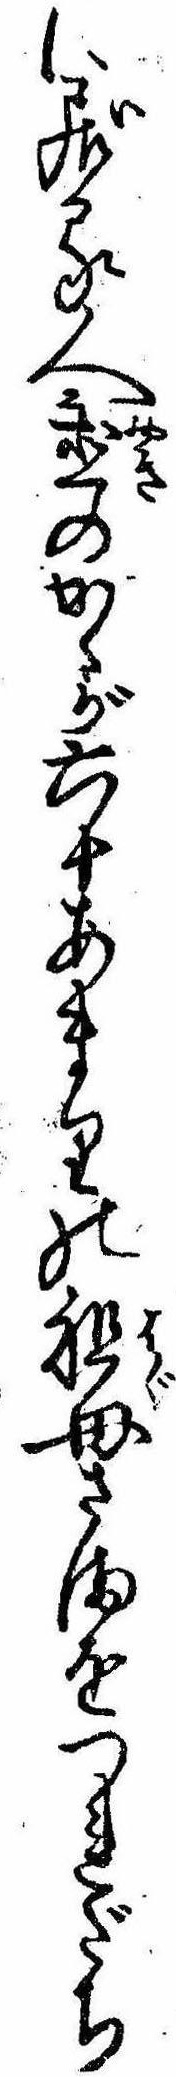
に居る人置のかゝが六十あまりの祖母さまをつれだち